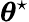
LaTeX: \boldsymbol{\theta}^{\star}